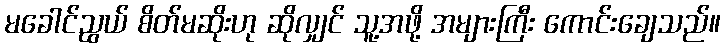
မခေါင်ညွယ် စိတ်မဆိုးဟု ဆိုလျှင် သူ့အဖို့ အများကြီး ကောင်းချေသည်။